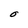
Character: O